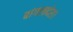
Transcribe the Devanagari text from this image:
बांगलादेश।